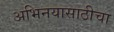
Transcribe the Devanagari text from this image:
अभिनयासाठीचा